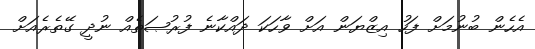
އެހެން ބުނުމަށް ފަހު އިޒްޔަން އަށް ވާހަކަ ދައްކާނެ ފުރުޞަތެއް ނުދީ ގޭތެރެއަށް